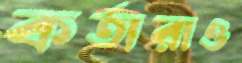
কর্তারাও